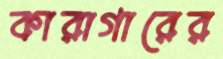
কারাগারের